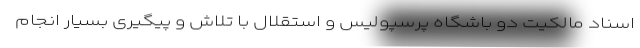
اسناد مالکیت دو باشگاه پرسپولیس و استقلال با تلاش و پیگیری بسیار انجام